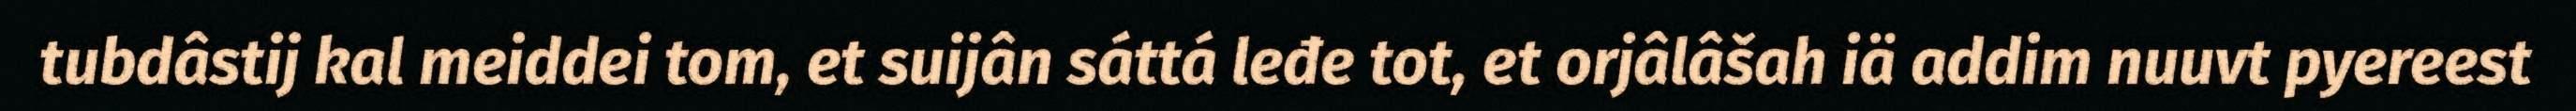
tubdâstij kal meiddei tom, et suijân sáttá leđe tot, et orjâlâšah iä addim nuuvt pyereest